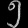
Digit: ၅